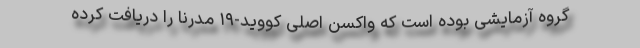
گروه آزمایشی بوده است که واکسن اصلی کووید-۱۹ مدرنا را دریافت کرده